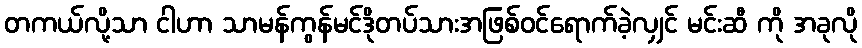
တကယ်လို့သာ ငါဟာ သာမန်ကွန်မင်ဒိုတပ်သားအဖြစ်ဝင်ရောက်ခဲ့လျှင် မင်းဆီ ကို အခုလို